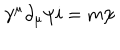
\gamma ^ { \mu } \partial _ { \mu } \psi i = m \psi